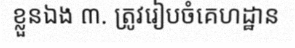
ខ្លួនឯង ៣. ត្រូវរៀបចំគេហដ្ឋាន